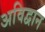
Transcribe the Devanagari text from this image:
अविद्वान